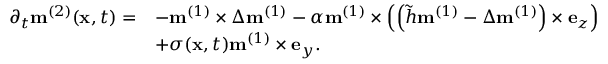
\begin{array} { r l } { \partial _ { t } \mathbf { m } ^ { ( 2 ) } ( \mathbf { x } , t ) = } & { - \mathbf { m } ^ { ( 1 ) } \times \Delta \mathbf { m } ^ { ( 1 ) } - \alpha \mathbf { m } ^ { ( 1 ) } \times \left( \left( \tilde { h } \mathbf { m } ^ { ( 1 ) } - \Delta \mathbf { m } ^ { ( 1 ) } \right) \times \mathbf { e } _ { z } \right) } \\ & { + \sigma ( \mathbf { x } , t ) \mathbf { m } ^ { ( 1 ) } \times \mathbf { e } _ { y } . } \end{array}